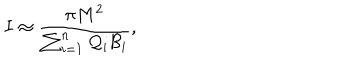
I \approx { \frac { \pi M ^ { 2 } } { \sum _ { i = 1 } ^ { n } { \cal Q } _ { i } { \cal B } _ { i } } } ,